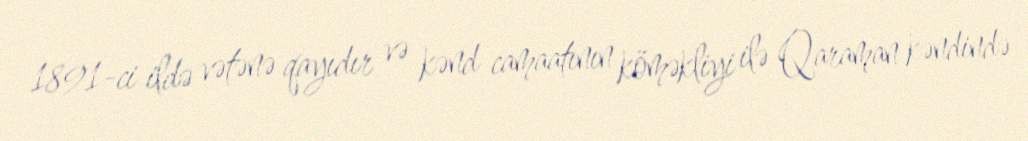
1891-ci ildə vətənə qayıdır və kənd camaatının köməkliyi ilə Qaraman kəndində